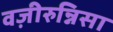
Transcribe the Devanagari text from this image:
वज़ीरुन्निसा